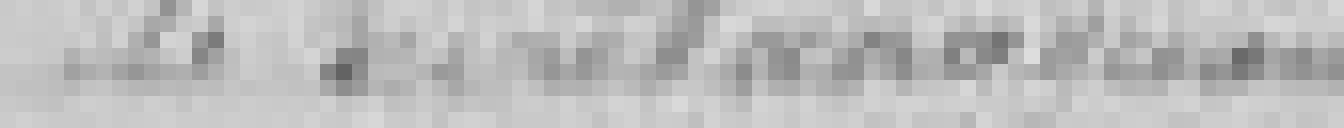
le secrétaire général